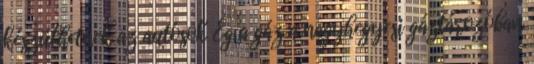
készülhetnek az autósok Ég a gáz a nagyhegyesi gáztározóban